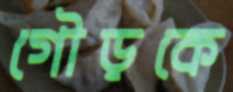
গৌড়কে